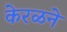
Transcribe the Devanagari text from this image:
केरळने